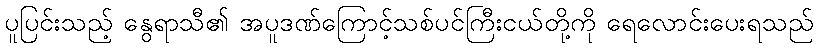
ပူပြင်းသည့် နွေရာသီ၏ အပူဒဏ်ကြောင့်သစ်ပင်ကြီးငယ်တို့ကို ရေလောင်းပေးရသည်